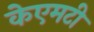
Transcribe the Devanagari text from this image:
केएमटी